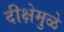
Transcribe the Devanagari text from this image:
दीक्षेमुळे